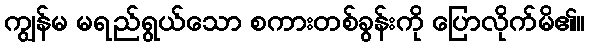
ကျွန်မ မရည်ရွယ်သော စကားတစ်ခွန်းကို ပြောလိုက်မိ၏။